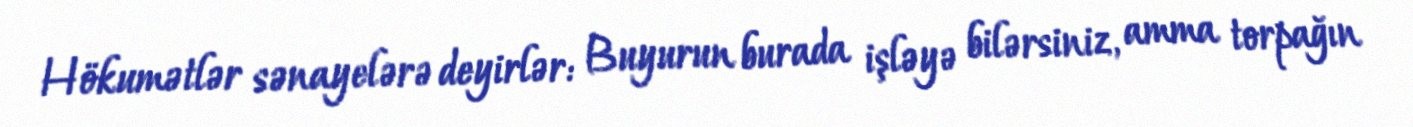
Hökumətlər sənayelərə deyirlər: Buyurun burada işləyə bilərsiniz, amma torpağın